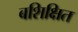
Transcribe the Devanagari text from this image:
बशिक्षित